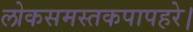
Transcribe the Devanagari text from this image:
लोकसमस्तकपापहरे।